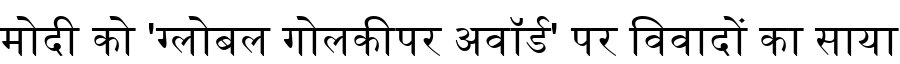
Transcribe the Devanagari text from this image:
मोदी को 'ग्लोबल गोलकीपर अवॉर्ड' पर विवादों का साया